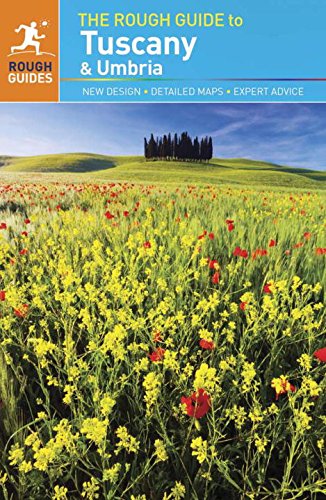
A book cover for The Rough Guide to Tuscany & Umbria; Jonathan Buckley; Travel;